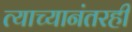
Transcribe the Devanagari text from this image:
त्याच्यानंतरही